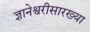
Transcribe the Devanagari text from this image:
ज्ञानेश्वरीसारख्या